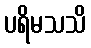
ပရိမသသိ